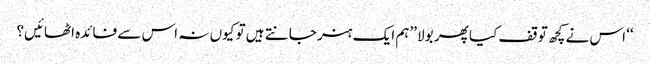
‘‘ اس نے کچھ توقف کیا پھر بولا ’’ہم ایک ہنر جانتے ہیں تو کیوں نہ اس سے فائدہ اٹھائیں؟